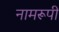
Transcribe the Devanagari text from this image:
नामरूपी